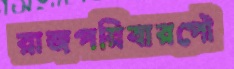
রাজপরিবারপৌ